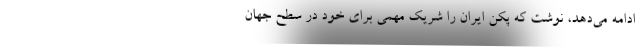
ادامه می‌دهد، نوشت که پکن ایران را شریک مهمی برای خود در سطح جهان